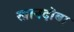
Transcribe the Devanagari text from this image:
खानदोबा